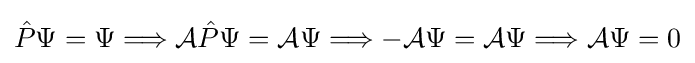
{\hat {P}}\Psi =\Psi \Longrightarrow {\mathcal {A}}{\hat {P}}\Psi ={\mathcal {A}}\Psi \Longrightarrow -{\mathcal {A}}\Psi ={\mathcal {A}}\Psi \Longrightarrow {\mathcal {A}}\Psi =0